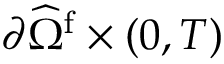
{ \partial \widehat { \Omega } ^ { \mathrm { f } } } \times ( 0 , T )